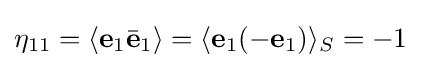
\eta _{11}=\langle \mathbf {e} _{1}{\bar {\mathbf {e} }}_{1}\rangle =\langle \mathbf {e} _{1}(-\mathbf {e} _{1})\rangle _{S}=-1